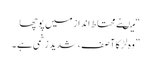
“میںنے محتاط انداز میں پوچھا
” وہ لڑکا آ صف ، شدید زخمی ہے ۔